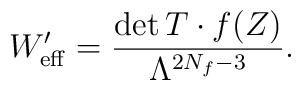
W^\prime_{\rm eff}=\frac{\det T\cdot f(Z)}{	\Lambda^{2N_f-3}}.